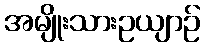
အမျိုးသားဥယျာဉ်